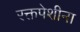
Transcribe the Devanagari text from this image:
रक्तपेशीना